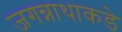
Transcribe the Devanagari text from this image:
जगन्नाथाकडे